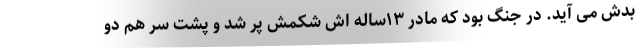
بدش می آید. در جنگ بود که مادر ۱۳ساله اش شکمش پر شد و پشت سر هم دو